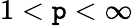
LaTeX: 1<\mathtt{p}<\infty